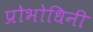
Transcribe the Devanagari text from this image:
प्रोभोधिनी